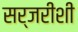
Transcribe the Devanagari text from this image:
सर्जरीशी